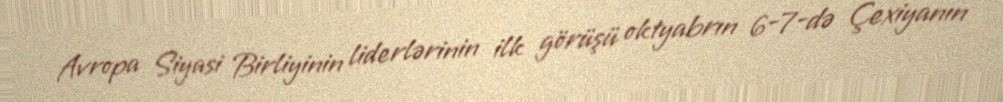
Avropa Siyasi Birliyinin liderlərinin ilk görüşü oktyabrın 6-7-də Çexiyanın